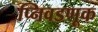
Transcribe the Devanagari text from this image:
प्निवडणूक